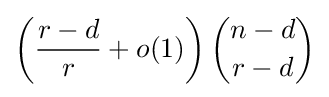
\left({\frac {r-d}{r}}+o(1)\right){\binom {n-d}{r-d}}